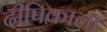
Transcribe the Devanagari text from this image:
दीपिकाला